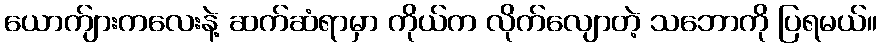
ယောက်ျားကလေးနဲ့ ဆက်ဆံရာမှာ ကိုယ်က လိုက်လျောတဲ့ သဘောကို ပြရမယ်။